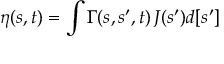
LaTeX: \eta ( s , t ) = \int \Gamma ( s , s ^ { \prime } , t ) \, J ( s ^ { \prime } ) d [ s ^ { \prime } ]